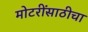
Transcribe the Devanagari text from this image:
मोटरींसाठीचा